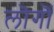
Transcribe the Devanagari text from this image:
लॊगॊं